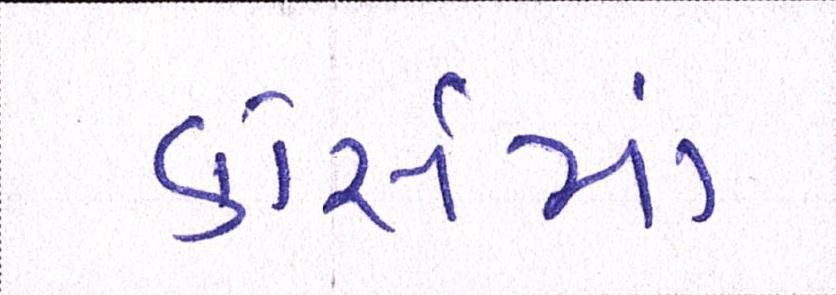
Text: કોસૅમાં